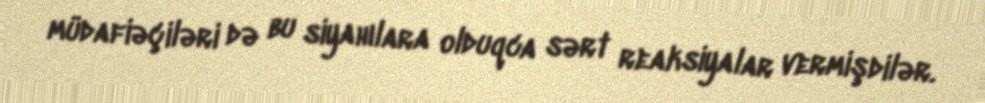
müdafiəçiləri də bu siyahılara olduqca sərt reaksiyalar vermişdilər.